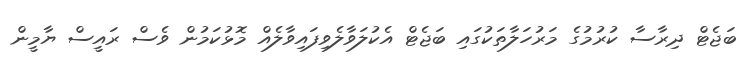
ބަޖެޓް ދިރާސާ ކުރުމުގެ މަރުހަލާތަކުގައި ބަޖެޓް އެކުލަވާލެވިފައިވާލެއް މޮޅުކަމުން ވެސް ރައީސް ޔާމީން